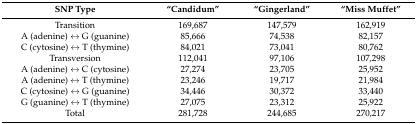
<table><thead><tr><td><b>SNP Type</b></td><td><b>“Candidum”</b></td><td><b>“Gingerland”</b></td><td><b>“Miss Muffet”</b></td></tr></thead><tbody><tr><td>Transition</td><td>169,687</td><td>147,579</td><td>162,919</td></tr><tr><td>A (adenine) ↔ G (guanine)</td><td>85,666</td><td>74,538</td><td>82,157</td></tr><tr><td>C (cytosine) ↔ T (thymine)</td><td>84,021</td><td>73,041</td><td>80,762</td></tr><tr><td>Transversion</td><td>112,041</td><td>97,106</td><td>107,298</td></tr><tr><td>A (adenine) ↔ C (cytosine)</td><td>27,274</td><td>23,705</td><td>25,952</td></tr><tr><td>A (adenine) ↔ T (thymine)</td><td>23,246</td><td>19,717</td><td>21,984</td></tr><tr><td>C (cytosine) ↔ G (guanine)</td><td>34,446</td><td>30,372</td><td>33,440</td></tr><tr><td>G (guanine) ↔ T (thymine)</td><td>27,075</td><td>23,312</td><td>25,922</td></tr><tr><td>Total</td><td>281,728</td><td>244,685</td><td>270,217</td></tr></tbody></table>